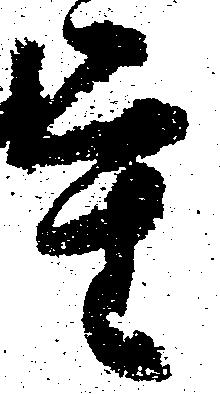
重